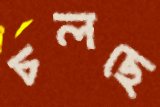
চলছে